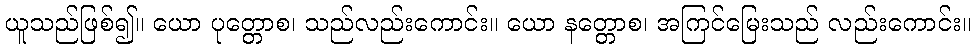
ယူသည်ဖြစ်၍။ ယော ပုတ္တောစ၊ သည်လည်းကောင်း။ ယော နတ္တောစ၊ အကြင်မြေးသည် လည်းကောင်း။